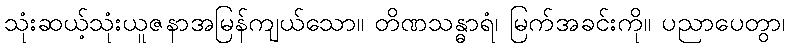
သုံးဆယ့်သုံးယူဇနာအမြန်ကျယ်သော။ တိဏသန္ဓာရံ၊ မြက်အခင်းကို။ ပညာပေတွာ၊